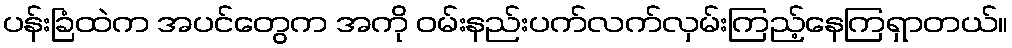
ပန်းခြံထဲက အပင်တွေက အကို ဝမ်းနည်းပက်လက်လှမ်းကြည့်နေကြရှာတယ်။